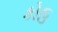
કોઉ